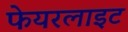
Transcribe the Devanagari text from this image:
फेयरलाइट